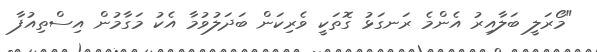
"މޯރަލީ ބަލާއިރު އެންމެ ރަނގަޅު ގޮތަކީ ވެރިކަން ބަދަލުވުމާ އެކު މަގާމުން އިސްތިއުފާ